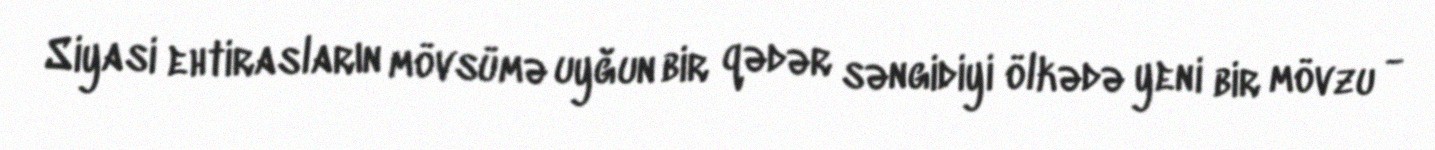
Siyasi ehtirasların mövsümə uyğun bir qədər səngidiyi ölkədə yeni bir mövzu -